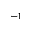
^ { - 1 }